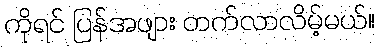
ကိုရင် ပြန်အဖျား တက်လာလိမ့်မယ်။